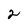
Character: 2